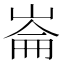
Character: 崙